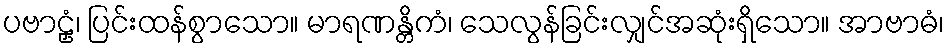
ပဗာဠှံ၊ ပြင်းထန်စွာသော။ မာရဏန္တိကံ၊ သေလွန်ခြင်းလျှင်အဆုံးရှိသော။ အာဗာဓံ၊